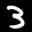
Label: 3